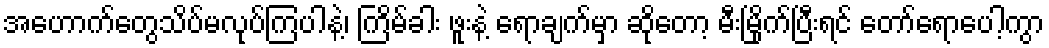
အဟောက်တွေသိပ်မလုပ်ကြပါနဲ့၊ ကြိမ်ခါး ဖူးနဲ့ ရောချက်မှာ ဆိုတော့ မီးမြိုက်ပြီးရင် တော်ရောပေါ့ကွာ